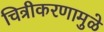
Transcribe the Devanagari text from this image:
चित्रीकरणामुळे